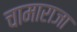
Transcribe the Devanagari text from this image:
चामाराजा